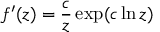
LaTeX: f ^ { \prime } ( z ) = { \frac { c } { z } } \exp ( c \ln z )